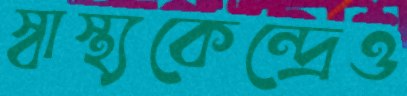
স্বাস্থ্যকেন্দ্রেও